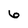
Character: 6